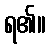
ရ၏။